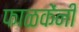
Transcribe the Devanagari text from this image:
फाळकेंनी